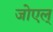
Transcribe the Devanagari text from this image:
जोएल्‌